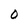
Character: 0